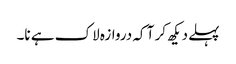
پہلے دیکھ کر آ کہ دروازہ لاک ہے نا۔